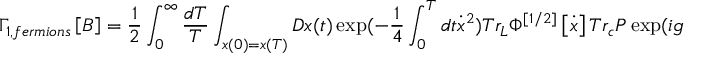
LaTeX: \Gamma _ { 1 , f e r m i o n s } \left[ B \right] = \frac { 1 } { 2 } \int _ { 0 } ^ { \infty } { \frac { { d T } } { T } } \int _ { x ( 0 ) = x ( T ) } { D x ( t ) \exp ( - \frac { 1 } { 4 } } \int _ { 0 } ^ { T } { d t \dot { x } ^ { 2 } } ) T r _ { L } \Phi ^ { \left[ { 1 / 2 } \right] } \left[ { \dot { x } } \right] T r _ { c } P \exp ( i g \int _ { 0 } ^ { T } { d t \dot { x } \cdot B ) }